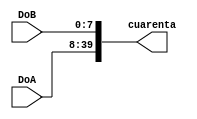
`timescale 1ns / 1ps
//////////////////////////////////////////////////////////////////////////////////
// Company: 
// Engineer: 
// 
// Design Name: 
// Module Name:    Concatenador40bit 
// Project Name: 
// Target Devices: 
// Tool versions: 
// Description: 
//
// Dependencies: 
//
// Revision: 
// Revision 0.01 - File Created
// Additional Comments: 
//
//////////////////////////////////////////////////////////////////////////////////
module Concatenador40bit(
		input [31:0]DoA,
		input [7:0]DoB,
		output wire [39:0]cuarenta
    );
	assign cuarenta = {DoA,DoB};

endmodule